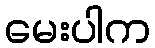
မေးပါက